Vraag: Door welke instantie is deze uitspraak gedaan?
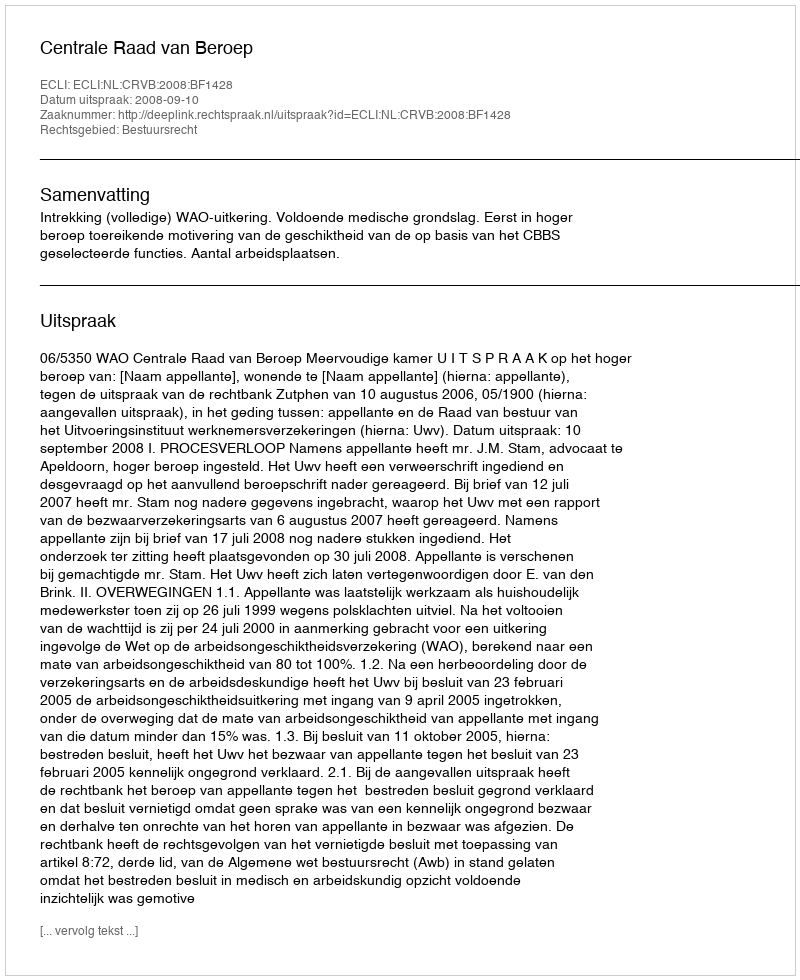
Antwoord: Centrale Raad van Beroep